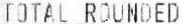
TOTAL ROUNDED